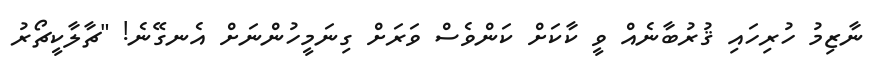
ނާޒިމު ހުރިހައި ޤުރުބާނެއް ވީ ކާކަށް ކަންވެސް ވަރަށް ގިނަމީހުންނަށް އެނގޭނެ! "ޗާލާކީޗޯރު